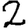
Digit: 2